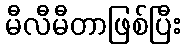
မီလီမီတာဖြစ်ပြီး